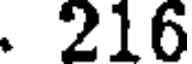
. 216